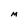
Character: M